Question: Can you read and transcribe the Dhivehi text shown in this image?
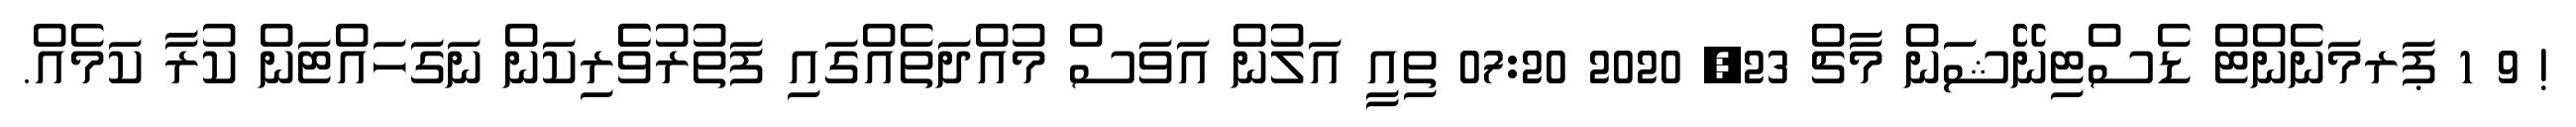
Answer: ! 9 1 ޕަރމަނެންޓް ޑެސްޓިނޭޝަން މާޗް 23, 2020 07:20 ތިއީ އަލުން އަވަސް މުއްދަތެއްގައި ފަތުރުވެެރިކަން ނަގަހައްޓަން ކުރާ ކަމެއް.